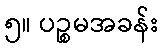
၅။ ပဉ္စမအခန်း